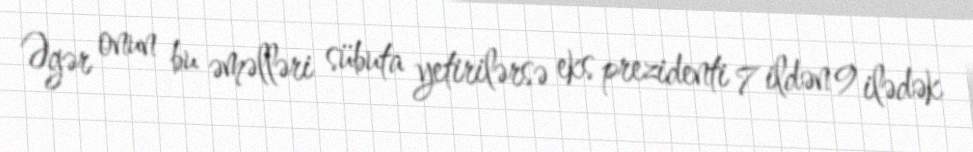
Əgər onun bu əməlləri sübuta yetirilərsə eks prezidenti 7 ildən 9 ilədək